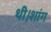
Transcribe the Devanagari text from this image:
थी।शांग